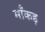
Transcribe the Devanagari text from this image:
माँकड़